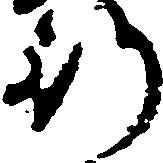
行